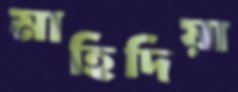
মাহিদিয়া